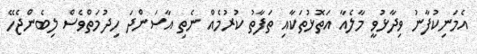
އެމަނިކުފާނު ވިދާޅުވީ މާލެއާ އަތޮޅުތަކާއި ތަފާތު ކުރުމެއް ނެތި އާސަންދަ ހިދުމަތްވެސް ލިބެންޖެހޭ